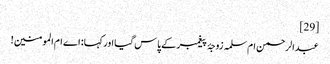
[29]
عبدالرحمن ام‌سلمہ زوجۂ پیغمبر کے پاس گیا اور کہا:‌ اے ام المومنین!